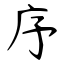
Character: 序